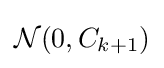
{\mathcal {N}}(0,C_{k+1})